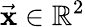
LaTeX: \vec{\mathbf x}\in\mathbb{R}^{2}